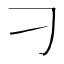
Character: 刁